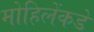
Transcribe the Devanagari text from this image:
मोहिलेंकडे